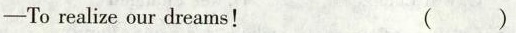
-To realize our dreams! ( )